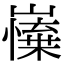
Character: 𡽼